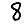
Digit: 8